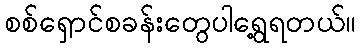
စစ်ရှောင်စခန်းတွေပါရွေ့ရတယ်။